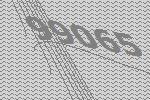
99065